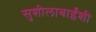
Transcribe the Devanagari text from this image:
सुशीलाबाईंशी